system: You are a helpful assistant.
user:
Analyze the provided spectrum to determine if it is a **S-type Star**.

- **Key Indicators for S-type Star:**

    - **(Overall Spectrum Shape):** The first and most obvious characteristic is the overall continuum (the "baseline" shape). It is **extremely "red-sloping,"** meaning the flux (light intensity) is very low on the left side (blue, ~4000-4500 Å) and rises steeply and continuously toward the right side (red, ~7000 Å+).

    - **(Primary):** The spectrum is defined by the presence of strong, broad molecular absorption "valleys" (bands) from **Zirconium Oxide (ZrO)**. The identification of these bands is the **primary requirement** for classifying a star as S-type.
        - **(Key Bandheads):** You must find distinct, deep "dips" where the light has been absorbed. The most critical band systems to locate are:
            - **~6474 Å** ($\gamma$-system): This is often the strongest and clearest ZrO feature, found in the red part of the spectrum.
            - **~5718 Å** & **~5551 Å** ($\beta$-system): A pair of prominent absorption features in the yellow-orange part of the spectrum.
            - **~4640 Å** ($\alpha$-system): A key absorption band system in the blue-green region of the spectrum.

    - **(Secondary Confirmation):** The classification is strengthened by finding additional absorption bands from other related heavy element oxides, which are expected to be present alongside ZrO.
        - **(Key Bandheads):**
            - **Yttrium Oxide (YO):** Look for absorption dips near **~4800 Å** and **~6100 Å**.
            - **Lanthanum Oxide (LaO):** Additional absorption features, particularly in the red-orange part of the spectrum, are also characteristic.

    - **(Line Profile):** The combination of the steep red continuum and these numerous, deep molecular bands (ZrO, YO, etc.) gives the entire spectrum a very **"chopped-up"** or **"bumpy"** appearance. Instead of a smooth curve, the spectrum looks as though large, wide chunks of light have been "carved out" of it at the specific wavelengths listed above.

Think first, call **spectral_visualization_tool** if needed to examine features in detail, then provide your final answer. Your response must adhere to the following strict rules:
1.  **Overall Structure:** Your response must follow the format `<think>...</think> <tool_call>...</tool_call> (if a tool is used) <answer>...</answer>`.
2.  **Tool Usage Constraint:** You may only make **one** tool call per turn.
3.  **Final Answer Format:** In the `<answer>` tag, your conclusion must be inside a `\boxed{}` command (e.g., `\boxed{YES}` or `\boxed{NO}`), followed by your justification.

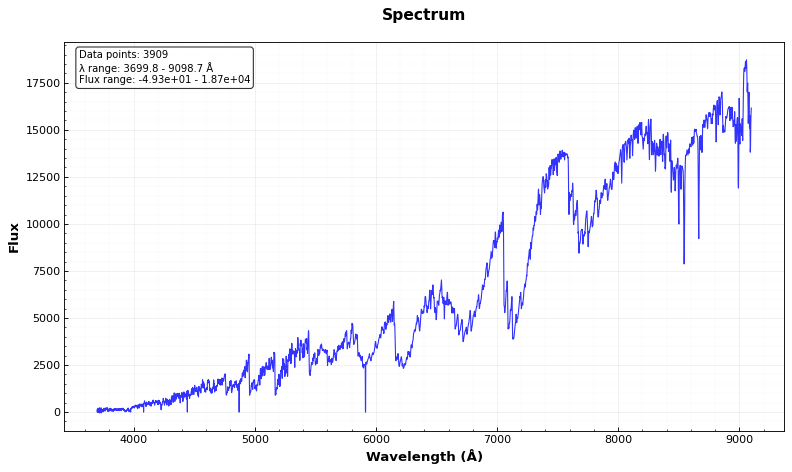
Answer: YES